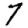
Digit: 7